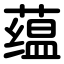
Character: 蕴